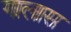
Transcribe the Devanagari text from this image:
गालास